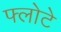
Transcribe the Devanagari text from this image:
फ्लोटे